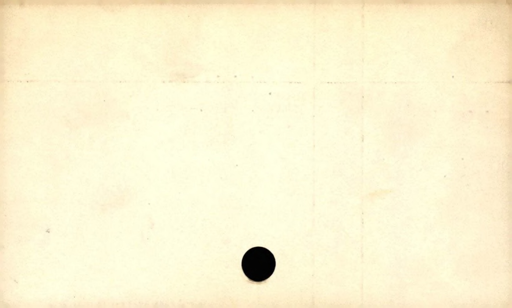
Label: blank